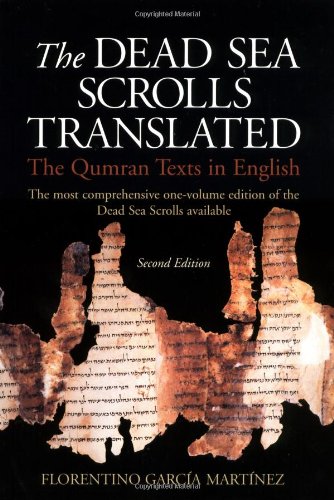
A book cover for The Dead Sea Scrolls Translated: The Qumran Texts in English; Florentino Garcia Martinez; Christian Books & Bibles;